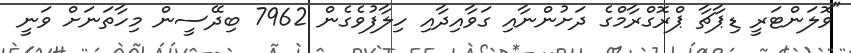
"ވޮލަންޓަރީ ޑިޕާޗާ ޕްރޮގްރާމްގެ ދަށުންނާއި ގަވާއިދާއި ހިލާފުވެގެން 7962 ބިދޭސީން މިހާތަނަށް ވަނީ